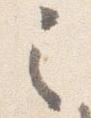
之